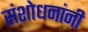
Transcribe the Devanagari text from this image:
संशोधनांनी